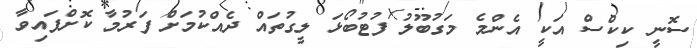
ސޮނީ ކިކްސް އަކީ އެންމެ މަގުބޫލު ފުޓުބޯޅަ ލީގުތައް ދެއްކުމަށް ފަރުމާ ކޮށްފައިވާ